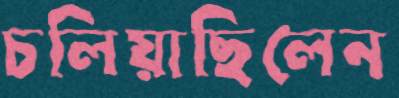
চলিয়াছিলেন